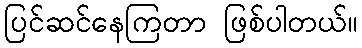
ပြင်ဆင်နေကြတာ ဖြစ်ပါတယ်။